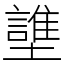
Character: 䜃